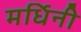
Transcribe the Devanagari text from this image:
मर्धिनी